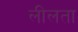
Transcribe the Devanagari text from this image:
लीलता